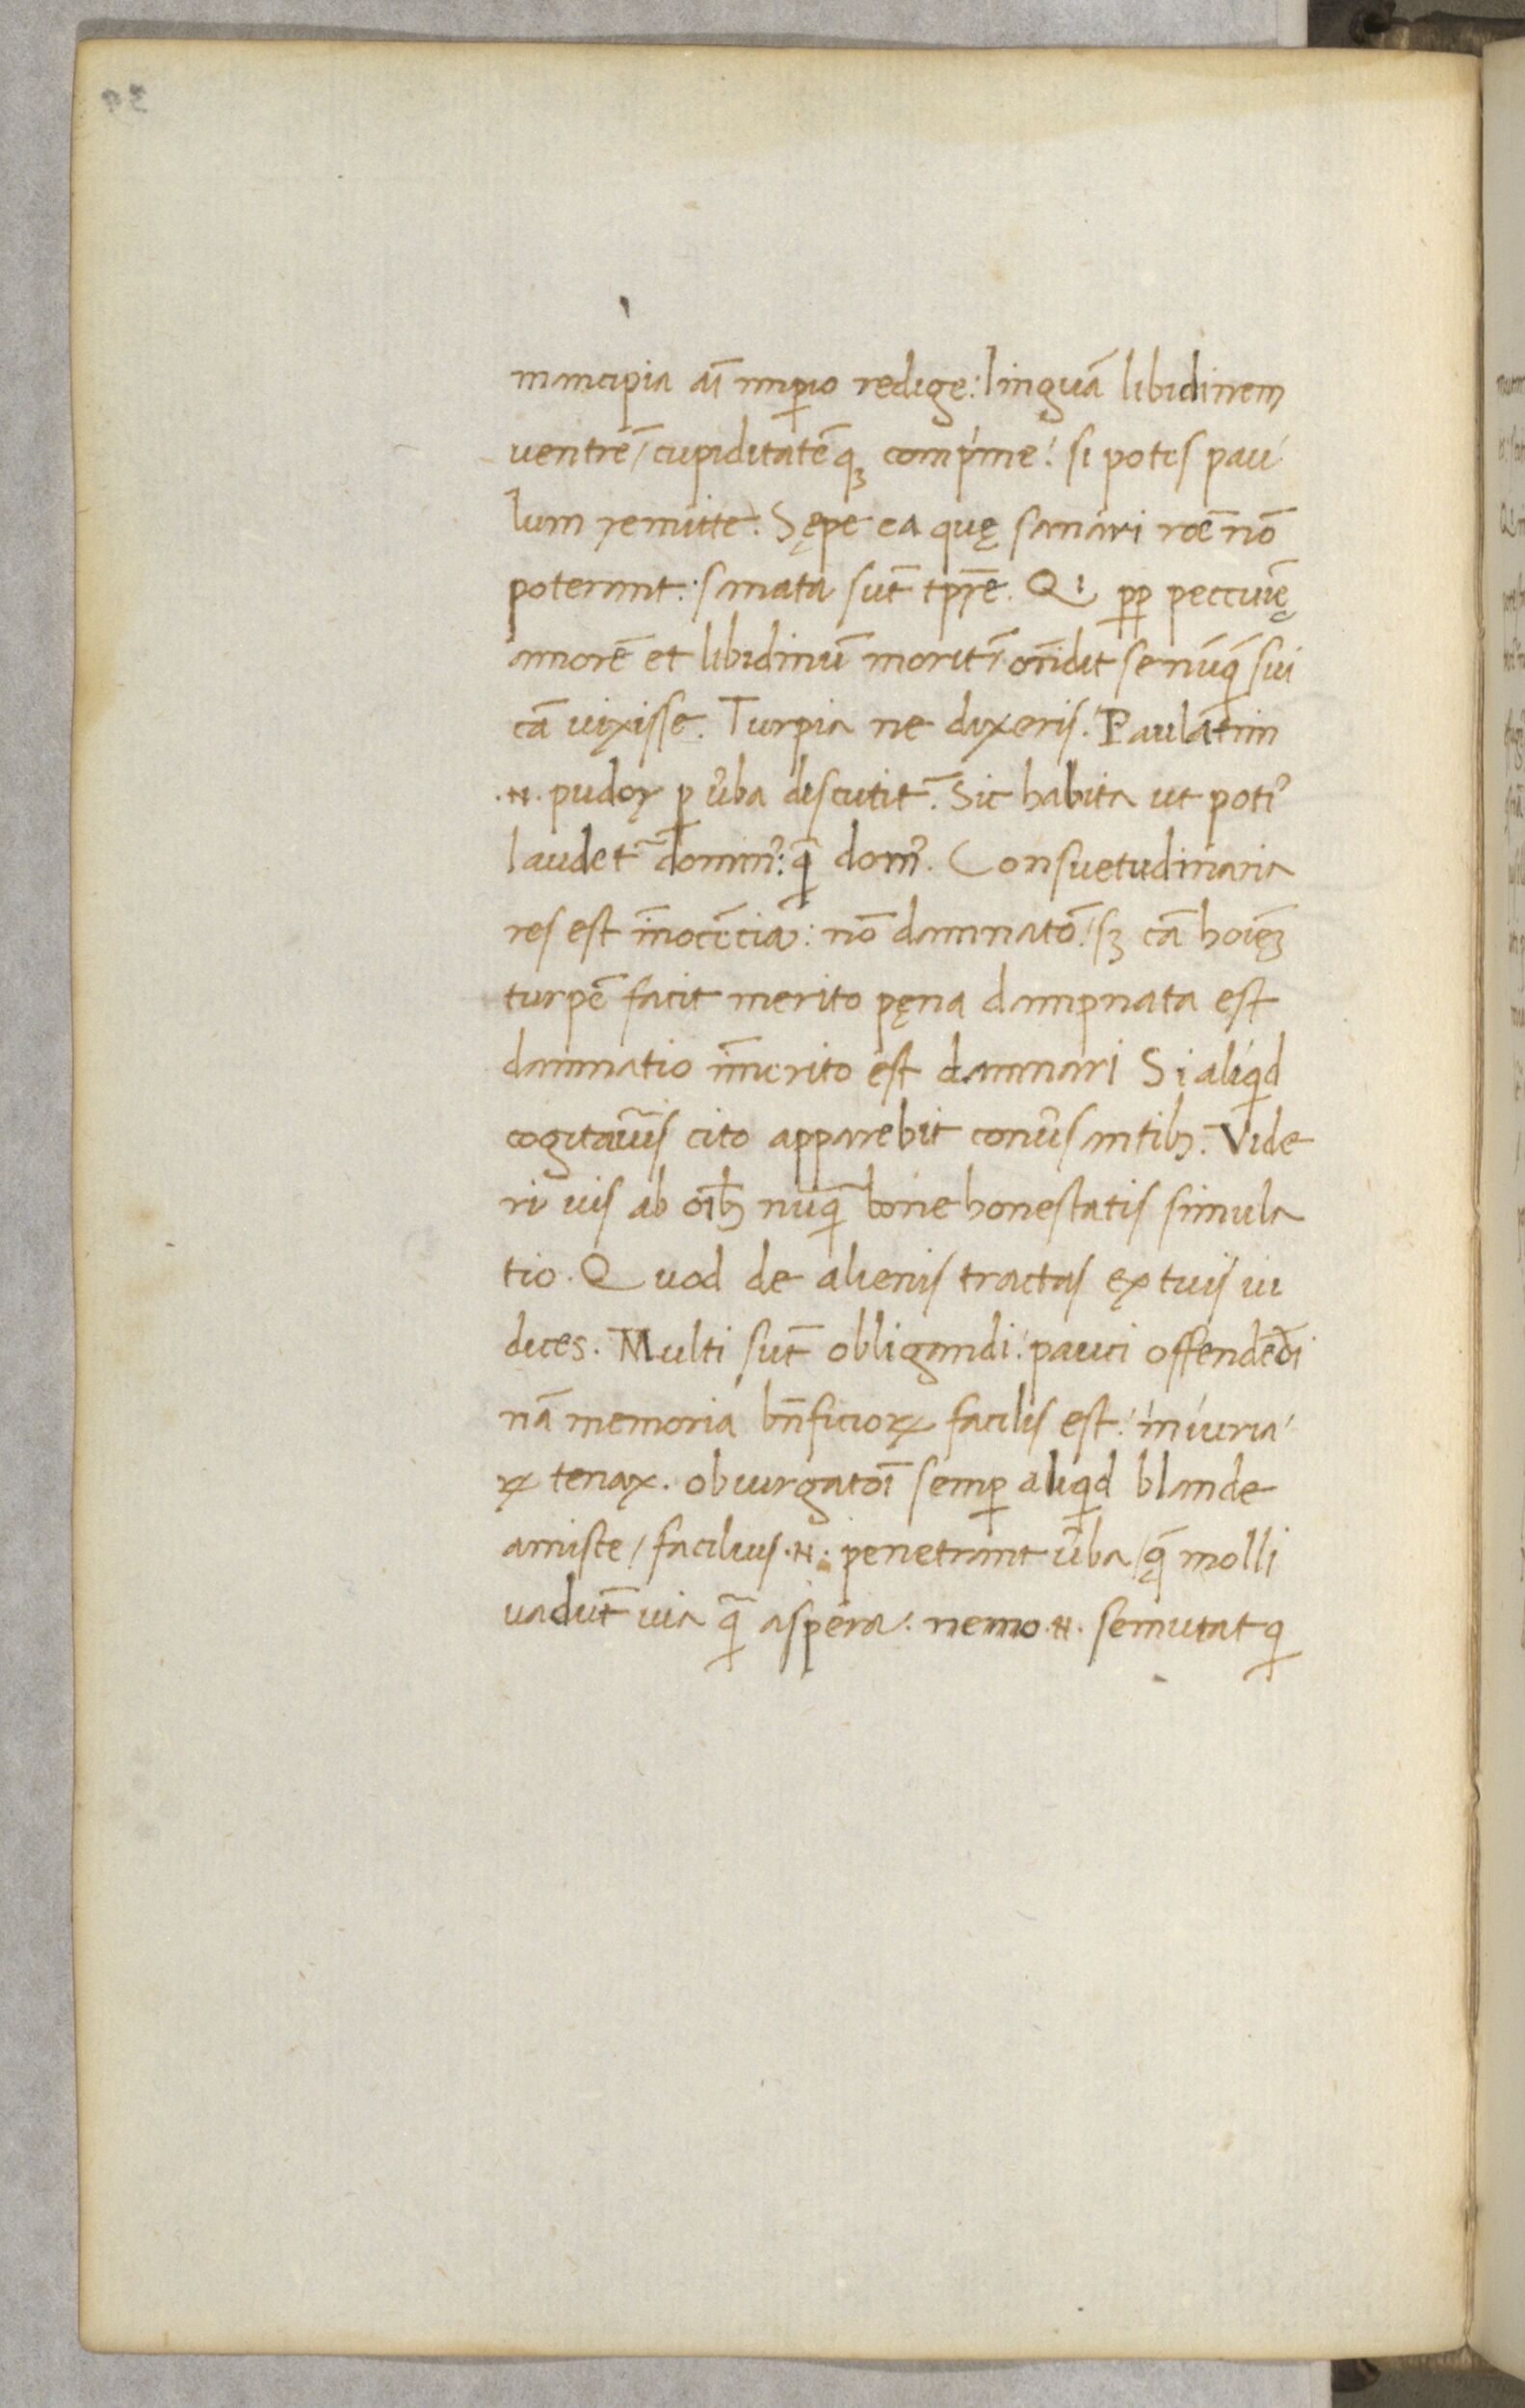
Shelfmark: Paris, BnF, NAL 632
Century: 15